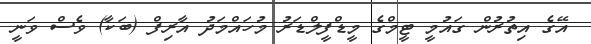
އޭގެ އިތުރުން ގައުމީ ޓީމްގެ މީޑްފީލްޑަރު މުހައްމަދު އާރިފް (ބަކާ) ވެސް ވަނީ